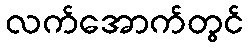
လက်အောက်တွင်